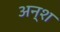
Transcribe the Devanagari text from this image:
अन्श